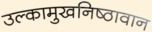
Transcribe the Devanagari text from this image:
उल्कामुखनिष्ठावान